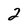
Character: 2